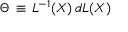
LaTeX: \Theta \, \equiv \, L ^ { - 1 } ( X ) \, d L ( X )